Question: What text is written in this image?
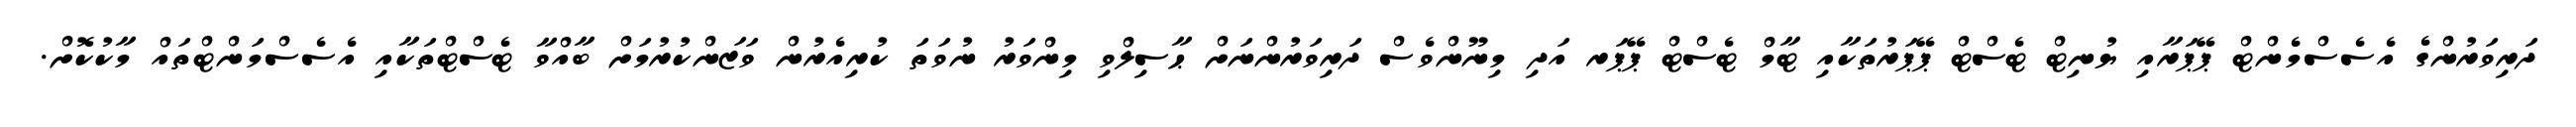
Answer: ދަރިވަރުންގެ އެސެސްމެންޓް ޕޭޕަރާއި ޔުނިޓް ޓެސްޓް ޕޭޕަރުތަކާއި ޓާމް ޓެސްޓް ޕޭޕަރ އަދި މިނޫންވެސް ދަރިވަރުންނަށް ޙާސިލްވި މިންވަރު ނުވަތަ ކުރިއެރުން ވަޒަންކުރުމަށް ބާއްވާ ޓެސްޓްތަކާއި އެސެސްމަންޓްތައް މާކުކޮށް.